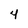
Character: 4